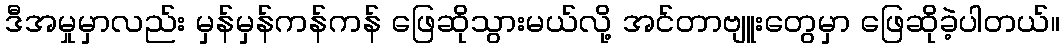
ဒီအမှုမှာလည်း မှန်မှန်ကန်ကန် ဖြေဆိုသွားမယ်လို့ အင်တာဗျူးတွေမှာ ဖြေဆိုခဲ့ပါတယ်။